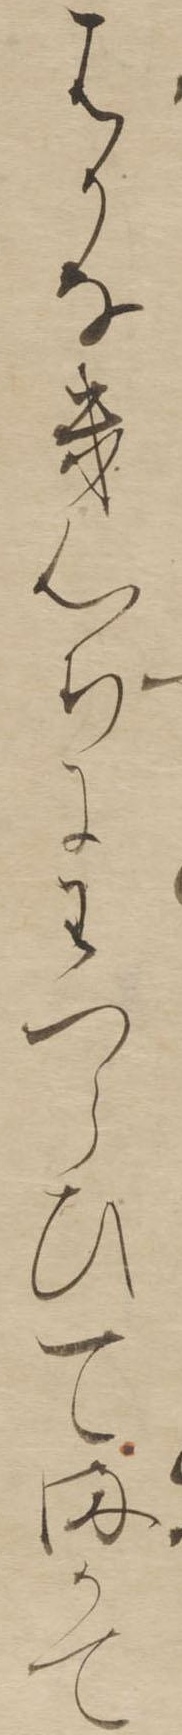
はかなきこゝちにわつらひてまかて